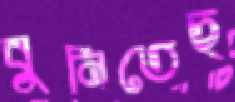
বুনিতেছ